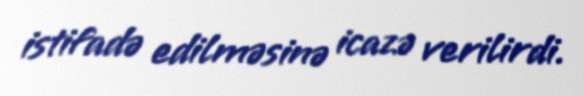
istifadə edilməsinə icazə verilirdi.